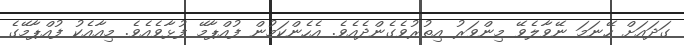
ގަދައަށް ހޭނަމަ ނޭވާލެވޭ މިންވަރު އިތުރުވެގެންދެއެވެ. އެހެންކަމުން ފުއްޕާމޭ ފުޅާވެއެެވެ. މިއާއެކު ފުއްޕާމޭގެ